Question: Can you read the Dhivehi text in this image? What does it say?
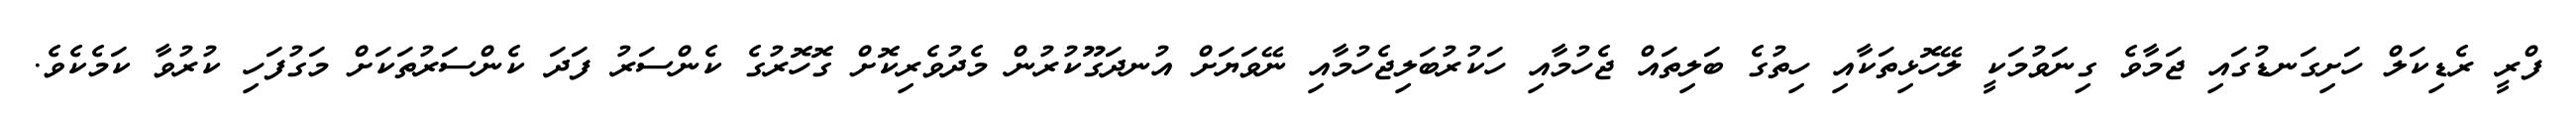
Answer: ފްރީ ރެޑިކަލް ހަށިގަނޑުގައި ޖަމާވެ ގިނަވުމަކީ ލޭހޮޅިތަކާއި ހިތުގެ ބަލިތައް ޖެހުމާއި ހަކުރުބަލިޖެހުމާއި ނޭވަޔަށް އުނދަގޫކުރުން މެދުވެރިކޮށް ގޮހޮރުގެ ކެންސަރު ފަދަ ކެންސަރުތަކަށް މަގުފަހި ކުރުވާ ކަމެކެވެ.